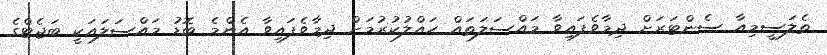
ތެލަސީމިއާ ސެންޓަރަށް ދިމާވެފައިވާ މައްސަލަތައް ހައްލުކުރުމަށް ދިމާވެފައިވާ އެންމެ ބޮޑު މައްސަލައަކީ ބަޖެޓްގެ